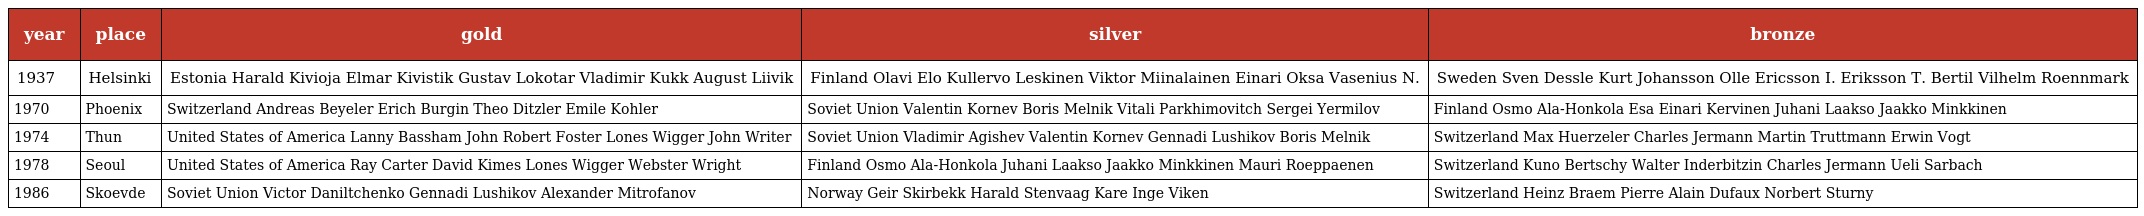
| year | place | gold | silver | bronze |
 | --- | --- | --- | --- | --- |
 | 1937 | Helsinki | Estonia Harald Kivioja Elmar Kivistik Gustav Lokotar Vladimir Kukk August Liivik | Finland Olavi Elo Kullervo Leskinen Viktor Miinalainen Einari Oksa Vasenius N. | Sweden Sven Dessle Kurt Johansson Olle Ericsson I. Eriksson T. Bertil Vilhelm Roennmark |
 | 1970 | Phoenix | Switzerland Andreas Beyeler Erich Burgin Theo Ditzler Emile Kohler | Soviet Union Valentin Kornev Boris Melnik Vitali Parkhimovitch Sergei Yermilov | Finland Osmo Ala-Honkola Esa Einari Kervinen Juhani Laakso Jaakko Minkkinen |
 | 1974 | Thun | United States of America Lanny Bassham John Robert Foster Lones Wigger John Writer | Soviet Union Vladimir Agishev Valentin Kornev Gennadi Lushikov Boris Melnik | Switzerland Max Huerzeler Charles Jermann Martin Truttmann Erwin Vogt |
 | 1978 | Seoul | United States of America Ray Carter David Kimes Lones Wigger Webster Wright | Finland Osmo Ala-Honkola Juhani Laakso Jaakko Minkkinen Mauri Roeppaenen | Switzerland Kuno Bertschy Walter Inderbitzin Charles Jermann Ueli Sarbach |
 | 1986 | Skoevde | Soviet Union Victor Daniltchenko Gennadi Lushikov Alexander Mitrofanov | Norway Geir Skirbekk Harald Stenvaag Kare Inge Viken | Switzerland Heinz Braem Pierre Alain Dufaux Norbert Sturny |